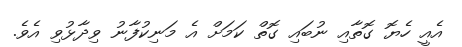
އެއީ ހެޔޮ ގޮތާއި ނުބައި ގޮތް ކަމަށް އެ މަނިކުފާނު ވިދާޅުވި އެވެ.